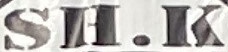
SH.K